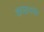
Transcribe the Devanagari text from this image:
कच्छपारि